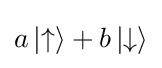
a\left|\uparrow \right\rangle +b\left|\downarrow \right\rangle